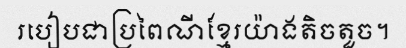
របៀបជាប្រពៃណីខ្មែរយ៉ាងតិចតួច។